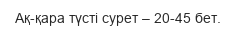
Ақ-қара түсті сурет – 20-45 бет.